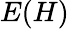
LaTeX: E(H)